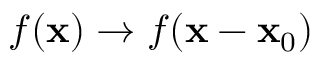
f ( \mathbf { x } ) \rightarrow f ( \mathbf { x } - \mathbf { x } _ { 0 } )